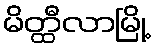
မိတ္ထီလာမြို့